Report on the Civil Veterinary Department, Eastern Bengal and Assam - 1907-1911
Year: 1907
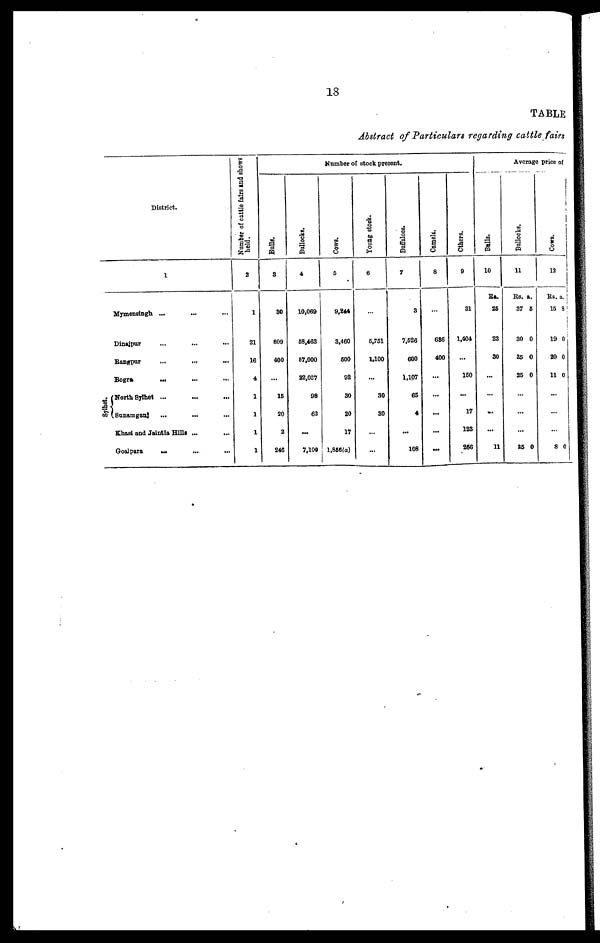
18
TABLE
Abstract of Particulars regarding cattle fairs
District.
1
Mymensingh ... … …
Dinajpur … … …
Rangpur … … …
Bogra
... … …
Sylhet.
North Sylhet ... … …
(Snnamganj
...
... …
Khasi and Jaintia Hills ... …
Goalpara … … …
Number of cattle fairs and shows
held.
2
1
21
16
4
1
1
1
1
Bulls.
3
30
809
400
...
15
20
2
246
Bullocks.
4
10,069
68,463
67,000
22,037
98
63
...
7,100
Number of stock present.
Cows.
5
9,244
8,460
600
92
30
20
17
1,856(a)
Young stock.
6
…
6,751
1.100
...
30
30
…
…
Buffaloes.
7
3
7.526
600
1,107
65
4
...
108
Camels.
8
…
686
400
...
...
...
...
...
Others.
9
31
1,404
...
150
...
17
123
266
Bulls.
10
Rs.
25
23
30
...
…
...
11
Average price of
Bullocks.
11
Rs. a.
37 5
30 0
35 0
25 0
…
…
35 0
Cows.
12
Rs. 3.
15 3
19 0
20 0
11 0
…
…
8 0